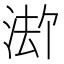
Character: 𪶏